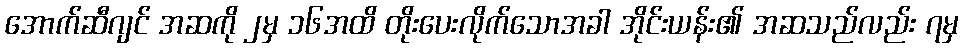
အောက်ဆီဂျင် အဆကို ၂မှ ၁၆အထိ တိုးပေးလိုက်သောအခါ အိုင်းယန်း၏ အဆသည်လည်း ၇မှ